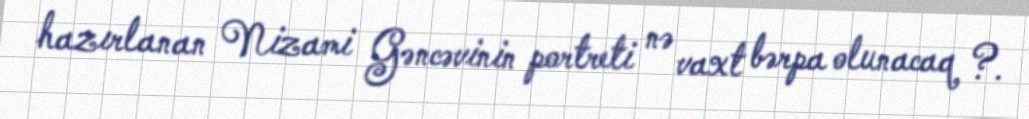
hazırlanan Nizami Gəncəvinin portreti nə vaxt bərpa olunacaq ?.